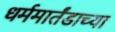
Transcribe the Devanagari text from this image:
धर्ममार्तंडाच्या